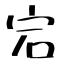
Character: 宕